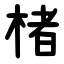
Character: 楮